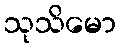
သုသိမော